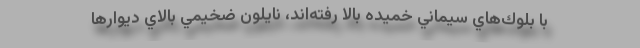
با بلوك‌هاي سيماني خميده بالا رفته‌اند، نايلون ضخيمي بالاي ديوارها